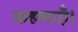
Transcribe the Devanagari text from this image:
कहलाएँ।